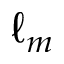
\ell _ { m }